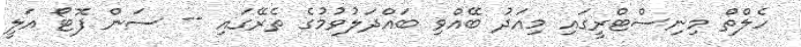
ހެލްތް މިނިސްޓްރީގައި މިއަދު ބޭއްވި ބައްދަލުވުމުގެ ތެރޭގައި -- ސަން ފޮޓޯ އަލީ